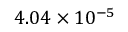
4 . 0 4 \times 1 0 ^ { - 5 }